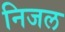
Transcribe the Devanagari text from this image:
निजल